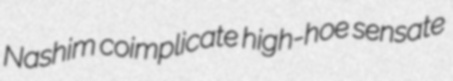
Nashim coimplicate high-hoe sensate